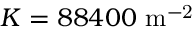
K = 8 8 4 0 0 \mathrm { \ m ^ { - 2 } }